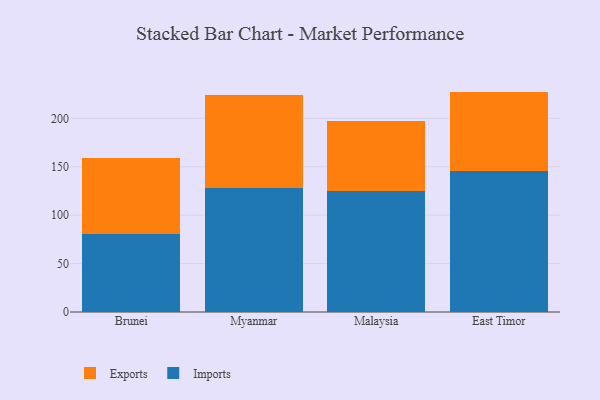
{"axis": {"x": "Country", "y": "Humidity (%)"}, "legend": ["Exports", "Imports"], "data": [{"x": "Brunei", "y": 80.3, "type": "Imports"}, {"x": "Brunei", "y": 78.7, "type": "Exports"}, {"x": "Myanmar", "y": 127.9, "type": "Imports"}, {"x": "Myanmar", "y": 96.0, "type": "Exports"}, {"x": "Malaysia", "y": 125.0, "type": "Imports"}, {"x": "Malaysia", "y": 72.4, "type": "Exports"}, {"x": "East Timor", "y": 145.2, "type": "Imports"}, {"x": "East Timor", "y": 82.4, "type": "Exports"}]}